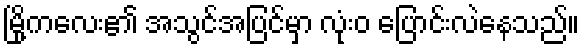
မြို့ကလေး၏ အသွင်အပြင်မှာ လုံးဝ ပြောင်းလဲနေသည်။